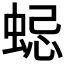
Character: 𧋷